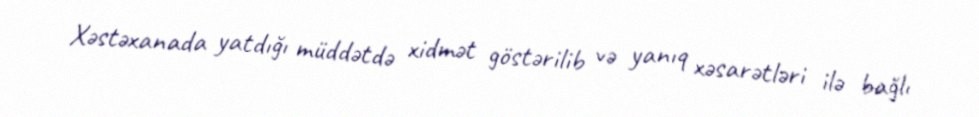
Xəstəxanada yatdığı müddətdə xidmət göstərilib və yanıq xəsarətləri ilə bağlı